Report of the veterinary officer investigating camel disease
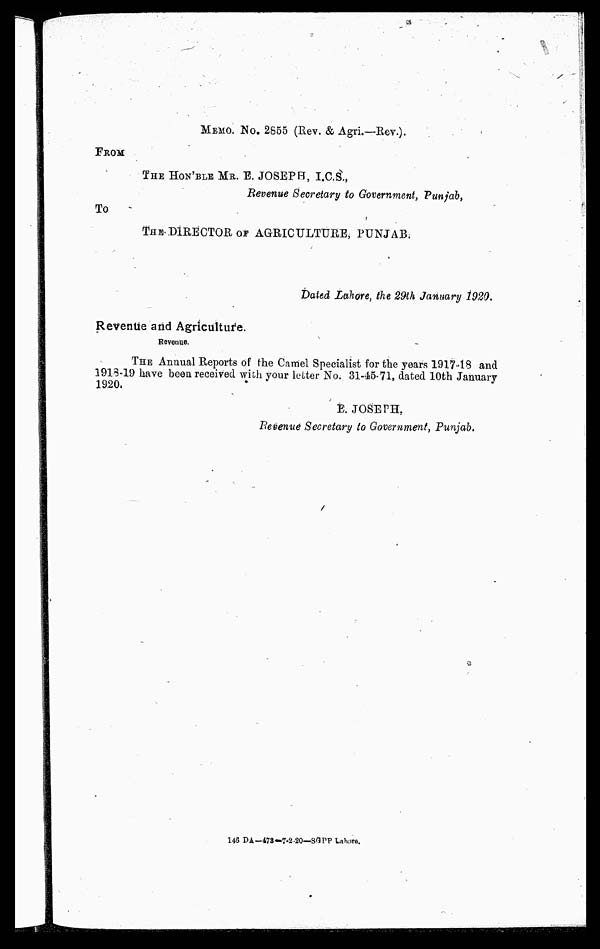
MEMO. NO. 2855 (Rev. & Agri.—Rev.).
FROM
THE HON'BLE MR. E. JOSEPH, I.C.S.,
Revenue Secretary to Government, Punjab,
To
THE DIRECTOR OF AGRICULTURE, PUNJAB.
Dated Lahore, the 29th January 1929.
Revenue and Agriculture.
Revenue.
THE Annual Reports of the Camel Specialist for the years 191748 and
1913-19 have been received with your letter No. 31-4)5-71, dated 10th January
1920.
E. JOSEPH,
Revenue Secretary to Goverment, Punjab.
146 DA—473-7.2.20—SGPP Lahore.